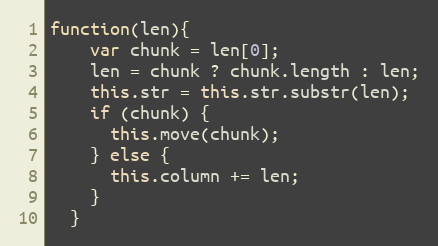
Language: JavaScript
function(len){
    var chunk = len[0];
    len = chunk ? chunk.length : len;
    this.str = this.str.substr(len);
    if (chunk) {
      this.move(chunk);
    } else {
      this.column += len;
    }
  }